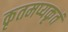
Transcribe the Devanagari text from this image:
कृतमप्यकृतं